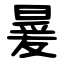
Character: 㬊